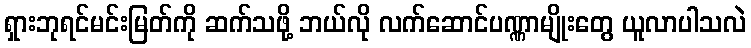
ရှားဘုရင်မင်းမြတ်ကို ဆက်သဖို့ ဘယ်လို လက်ဆောင်ပဏ္ဏာမျိုးတွေ ယူလာပါသလဲ